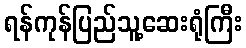
ရန်ကုန်ပြည်သူ့ဆေးရုံကြီး